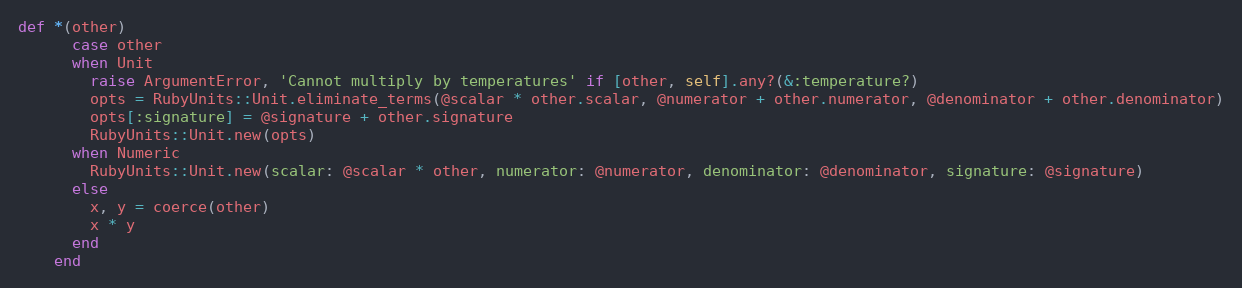
Language: Ruby
def *(other)
      case other
      when Unit
        raise ArgumentError, 'Cannot multiply by temperatures' if [other, self].any?(&:temperature?)
        opts = RubyUnits::Unit.eliminate_terms(@scalar * other.scalar, @numerator + other.numerator, @denominator + other.denominator)
        opts[:signature] = @signature + other.signature
        RubyUnits::Unit.new(opts)
      when Numeric
        RubyUnits::Unit.new(scalar: @scalar * other, numerator: @numerator, denominator: @denominator, signature: @signature)
      else
        x, y = coerce(other)
        x * y
      end
    end